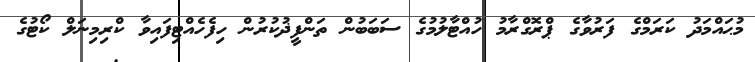
މުޙައްމަދު ކަރަމްގެ ފަރުވާގެ ޕްރޮގްރާމު ހުއްޓާލުމުގެ ސަބަބުން ތަންފީޛުކުރުން ހިފެހެއްޓިފައިވާ ކްރިމިނަލް ކޯޓުގެ